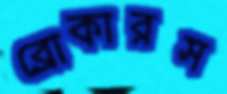
ব্রোকারস